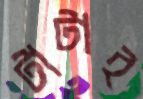
টাটাই